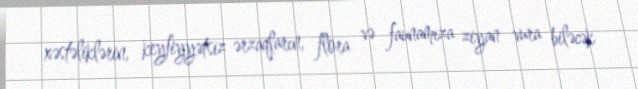
xəstəliklərin, keyfiyyətsiz ərzaqların, flora və faunamıza ziyan vura biləcək